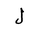
Letter: _lam